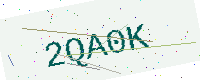
Text: 2QA0K